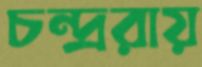
চন্দ্ররায়